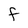
Character: F